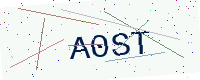
Text: A0ST